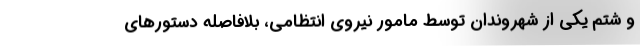
و شتم یکی از شهروندان توسط مامور نیروی انتظامی، بلافاصله دستورهای